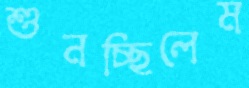
শুনচ্ছিলেম